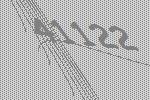
41122